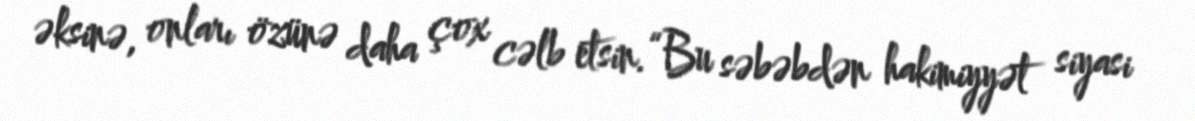
əksinə, onları özünə daha çox cəlb etsin.“Bu səbəbdən hakimiyyət siyasi